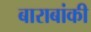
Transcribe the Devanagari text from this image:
बाराबांकी